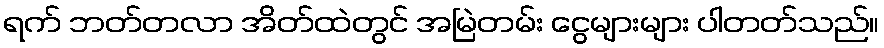
ရက် ဘတ်တလာ အိတ်ထဲတွင် အမြဲတမ်း ငွေများများ ပါတတ်သည်။